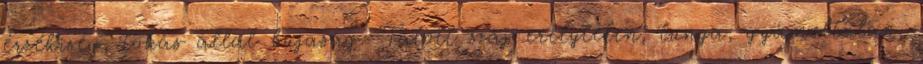
érzékiség, tokás állal bujaság. Tátott száj erélytelen, tunya, gyámoltalan,